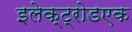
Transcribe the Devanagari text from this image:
इलेक्ट्रोडएक